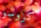
كروسو